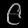
Digit: ၉